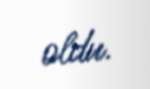
oldu.